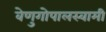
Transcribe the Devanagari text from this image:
वेणुगोपालस्‍वामी